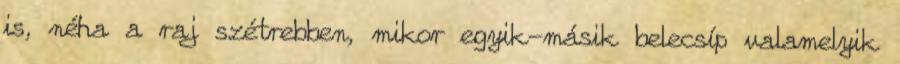
is, néha a raj szétrebben, mikor egyik-másik belecsíp valamelyik